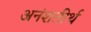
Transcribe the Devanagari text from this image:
अनंशतीर्थ